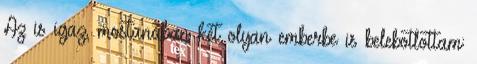
Az is igaz, mostanában két olyan emberbe is belebotlottam: